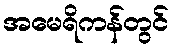
အမေရိကန်တွင်